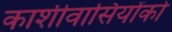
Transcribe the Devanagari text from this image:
काशीवासियोंको